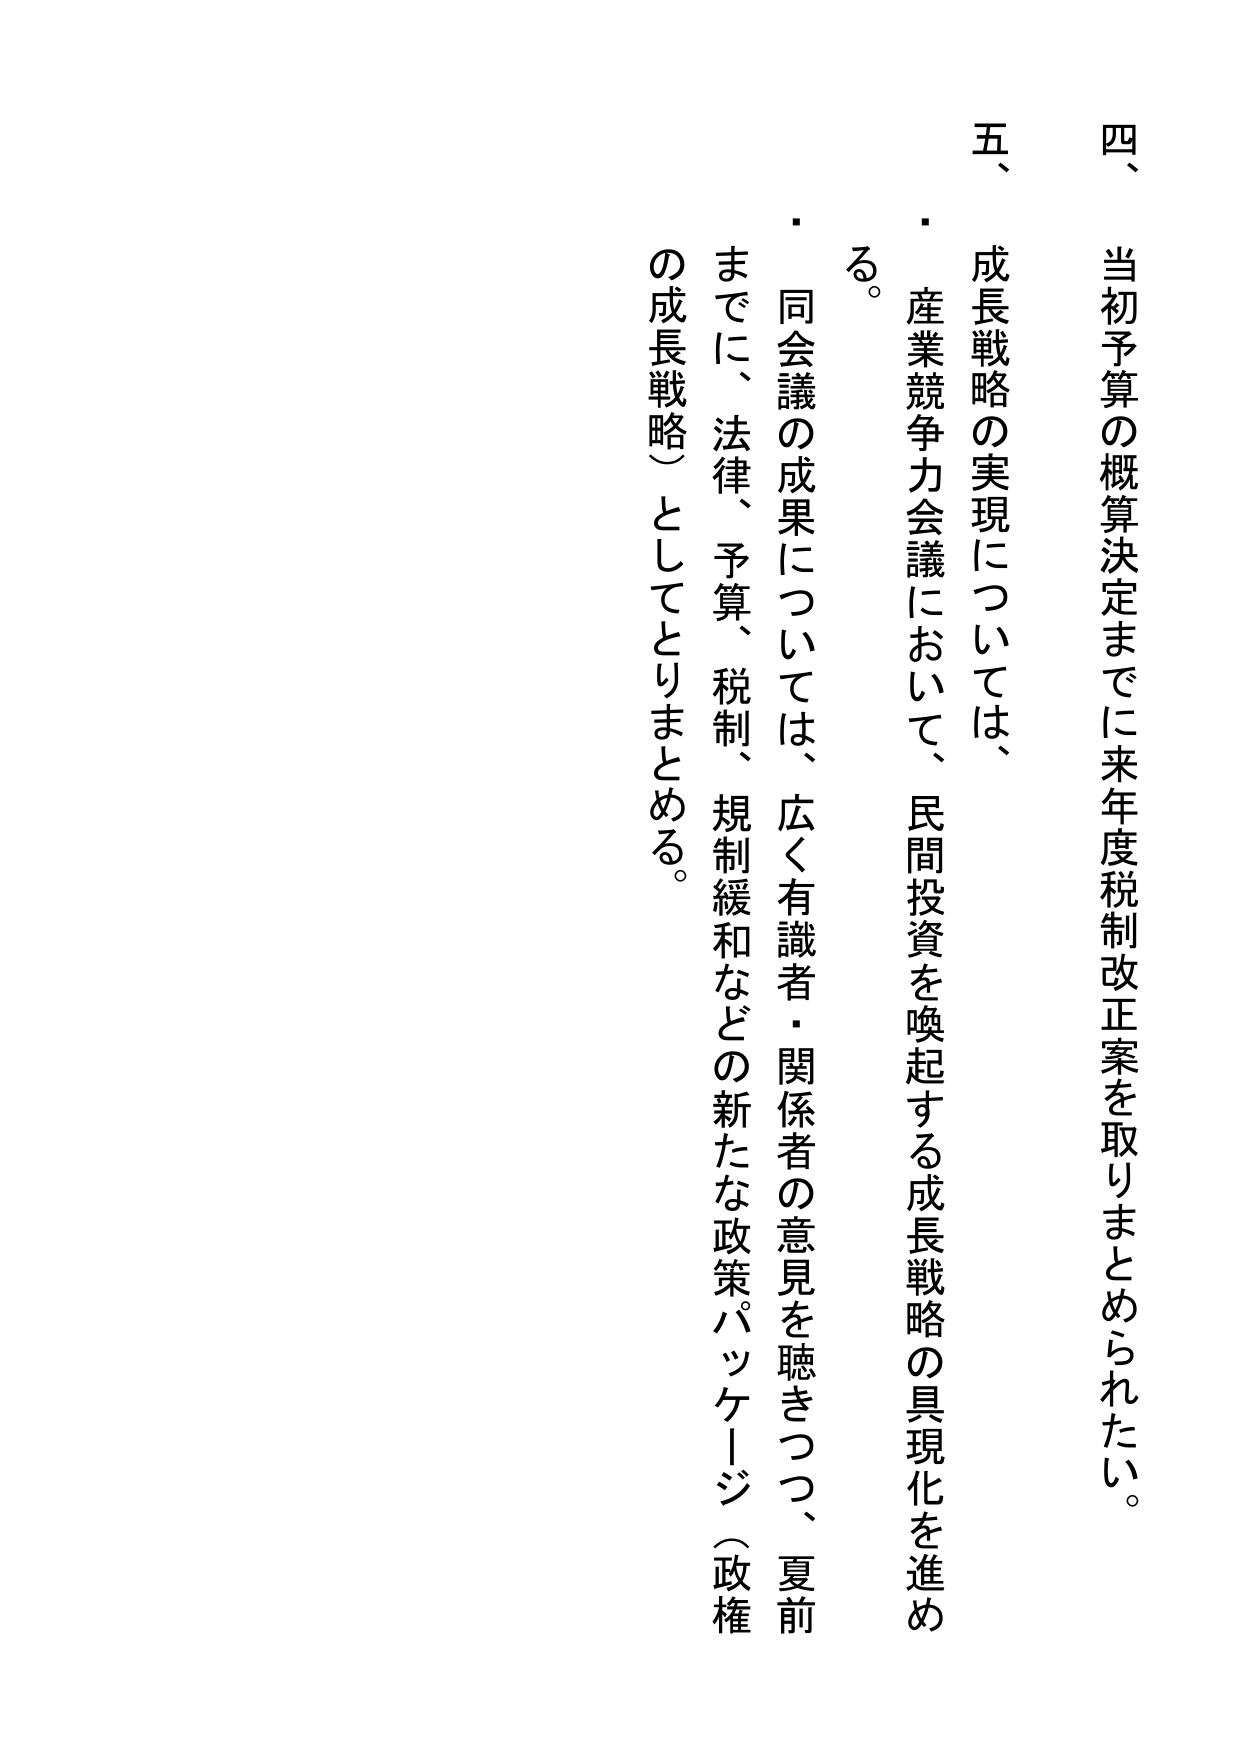
四、当初予算の概算決定までに来年度税制改正案を取りまとめられたい。

五、成長戦略の実現については、
・産業競争力会議において、民間投資を喚起する成長戦略の具現化を進める。
・同会議の成果については、広く有識者・関係者の意見を聴きつつ、夏前までに、法律、予算、税制、規制緩和などの新たな政策パッケージ（政権の成長戦略）としてとりまとめる。